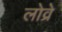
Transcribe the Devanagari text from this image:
लोव्रे